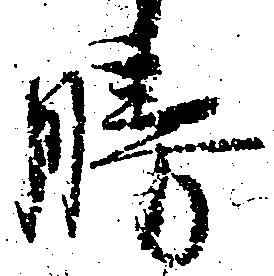
勝